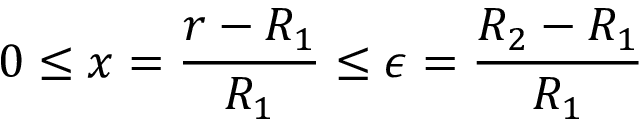
0 \leq x = \frac { r - R _ { 1 } } { R _ { 1 } } \leq \epsilon = \frac { R _ { 2 } - R _ { 1 } } { R _ { 1 } }